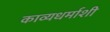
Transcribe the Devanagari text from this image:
काव्यधर्माशी